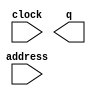
// megafunction wizard: %ROM: 1-PORT%VBB%
// GENERATION: STANDARD
// VERSION: WM1.0
// MODULE: altsyncram 

// ============================================================
// Megafunction Name(s):
// 			altsyncram
//
// Simulation Library Files(s):
// 			altera_mf
// ============================================================
// ************************************************************
// THIS IS A WIZARD-GENERATED FILE. DO NOT EDIT THIS FILE!
//
// 13.1.0 Build 162 10/23/2013 SJ Full Version
// ************************************************************

//Copyright (C) 1991-2013 Altera Corporation
//Your use of Altera Corporation's design tools, logic functions 
//and other software and tools, and its AMPP partner logic 
//functions, and any output files from any of the foregoing 
//(including device programming or simulation files), and any 
//associated documentation or information are expressly subject 
//to the terms and conditions of the Altera Program License 
//Subscription Agreement, Altera MegaCore Function License 
//Agreement, or other applicable license agreement, including, 
//without limitation, that your use is for the sole purpose of 
//programming logic devices manufactured by Altera and sold by 
//Altera or its authorized distributors.  Please refer to the 
//applicable agreement for further details.

module rom_1024x10b (
	address,
	clock,
	q);

	input	[9:0]  address;
	input	  clock;
	output	[9:0]  q;
`ifndef ALTERA_RESERVED_QIS
// synopsys translate_off
`endif
	tri1	  clock;
`ifndef ALTERA_RESERVED_QIS
// synopsys translate_on
`endif

endmodule

// ============================================================
// CNX file retrieval info
// ============================================================
// Retrieval info: PRIVATE: ADDRESSSTALL_A NUMERIC "0"
// Retrieval info: PRIVATE: AclrAddr NUMERIC "0"
// Retrieval info: PRIVATE: AclrByte NUMERIC "0"
// Retrieval info: PRIVATE: AclrOutput NUMERIC "0"
// Retrieval info: PRIVATE: BYTE_ENABLE NUMERIC "0"
// Retrieval info: PRIVATE: BYTE_SIZE NUMERIC "8"
// Retrieval info: PRIVATE: BlankMemory NUMERIC "0"
// Retrieval info: PRIVATE: CLOCK_ENABLE_INPUT_A NUMERIC "0"
// Retrieval info: PRIVATE: CLOCK_ENABLE_OUTPUT_A NUMERIC "0"
// Retrieval info: PRIVATE: Clken NUMERIC "0"
// Retrieval info: PRIVATE: IMPLEMENT_IN_LES NUMERIC "0"
// Retrieval info: PRIVATE: INIT_FILE_LAYOUT STRING "PORT_A"
// Retrieval info: PRIVATE: INIT_TO_SIM_X NUMERIC "0"
// Retrieval info: PRIVATE: INTENDED_DEVICE_FAMILY STRING "Cyclone IV E"
// Retrieval info: PRIVATE: JTAG_ENABLED NUMERIC "0"
// Retrieval info: PRIVATE: JTAG_ID STRING "NONE"
// Retrieval info: PRIVATE: MAXIMUM_DEPTH NUMERIC "0"
// Retrieval info: PRIVATE: MIFfilename STRING "../doc/dds_1024x10b_wave.mif"
// Retrieval info: PRIVATE: NUMWORDS_A NUMERIC "1024"
// Retrieval info: PRIVATE: RAM_BLOCK_TYPE NUMERIC "0"
// Retrieval info: PRIVATE: RegAddr NUMERIC "1"
// Retrieval info: PRIVATE: RegOutput NUMERIC "1"
// Retrieval info: PRIVATE: SYNTH_WRAPPER_GEN_POSTFIX STRING "0"
// Retrieval info: PRIVATE: SingleClock NUMERIC "1"
// Retrieval info: PRIVATE: UseDQRAM NUMERIC "0"
// Retrieval info: PRIVATE: WidthAddr NUMERIC "10"
// Retrieval info: PRIVATE: WidthData NUMERIC "10"
// Retrieval info: PRIVATE: rden NUMERIC "0"
// Retrieval info: LIBRARY: altera_mf altera_mf.altera_mf_components.all
// Retrieval info: CONSTANT: ADDRESS_ACLR_A STRING "NONE"
// Retrieval info: CONSTANT: CLOCK_ENABLE_INPUT_A STRING "BYPASS"
// Retrieval info: CONSTANT: CLOCK_ENABLE_OUTPUT_A STRING "BYPASS"
// Retrieval info: CONSTANT: INIT_FILE STRING "../doc/dds_1024x10b_wave.mif"
// Retrieval info: CONSTANT: INTENDED_DEVICE_FAMILY STRING "Cyclone IV E"
// Retrieval info: CONSTANT: LPM_HINT STRING "ENABLE_RUNTIME_MOD=NO"
// Retrieval info: CONSTANT: LPM_TYPE STRING "altsyncram"
// Retrieval info: CONSTANT: NUMWORDS_A NUMERIC "1024"
// Retrieval info: CONSTANT: OPERATION_MODE STRING "ROM"
// Retrieval info: CONSTANT: OUTDATA_ACLR_A STRING "NONE"
// Retrieval info: CONSTANT: OUTDATA_REG_A STRING "CLOCK0"
// Retrieval info: CONSTANT: WIDTHAD_A NUMERIC "10"
// Retrieval info: CONSTANT: WIDTH_A NUMERIC "10"
// Retrieval info: CONSTANT: WIDTH_BYTEENA_A NUMERIC "1"
// Retrieval info: USED_PORT: address 0 0 10 0 INPUT NODEFVAL "address[9..0]"
// Retrieval info: USED_PORT: clock 0 0 0 0 INPUT VCC "clock"
// Retrieval info: USED_PORT: q 0 0 10 0 OUTPUT NODEFVAL "q[9..0]"
// Retrieval info: CONNECT: @address_a 0 0 10 0 address 0 0 10 0
// Retrieval info: CONNECT: @clock0 0 0 0 0 clock 0 0 0 0
// Retrieval info: CONNECT: q 0 0 10 0 @q_a 0 0 10 0
// Retrieval info: GEN_FILE: TYPE_NORMAL rom_1024x10b.v TRUE
// Retrieval info: GEN_FILE: TYPE_NORMAL rom_1024x10b.inc FALSE
// Retrieval info: GEN_FILE: TYPE_NORMAL rom_1024x10b.cmp FALSE
// Retrieval info: GEN_FILE: TYPE_NORMAL rom_1024x10b.bsf FALSE
// Retrieval info: GEN_FILE: TYPE_NORMAL rom_1024x10b_inst.v FALSE
// Retrieval info: GEN_FILE: TYPE_NORMAL rom_1024x10b_bb.v TRUE
// Retrieval info: LIB_FILE: altera_mf